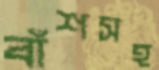
বাঁশসহ